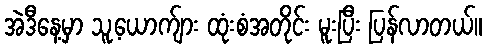
အဲဒီနေ့မှာ သူ့ယောက်ျား ထုံးစံအတိုင်း မူးပြီး ပြန်လာတယ်။